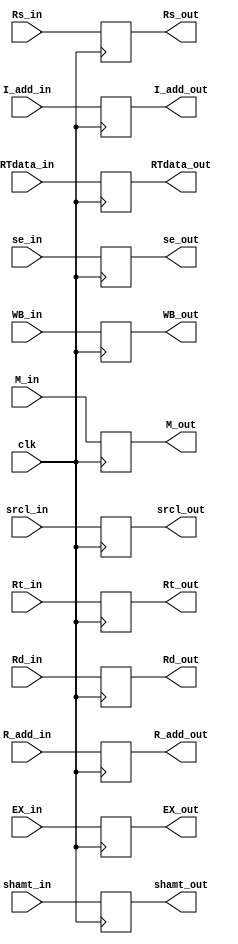
module ID_EX(
    input clk,
    input [1:0]WB_in,
    input [1:0]M_in,
    input [4:0]EX_in,
    input [31:0] RTdata_in,
    input [31:0] srcl_in,
    input [4:0] shamt_in,
    input [31:0] se_in,
    input [4:0] R_add_in,
    input [4:0] I_add_in,
    input [4:0] Rs_in,
    input [4:0] Rt_in,
    input [4:0] Rd_in,
    
    output reg [1:0]WB_out,
    output reg [1:0]M_out,
    output reg [4:0]EX_out,
    output reg [31:0] RTdata_out,
    output reg [31:0] srcl_out,
    output reg [4:0] shamt_out,
    output reg [31:0]se_out,
    output reg [4:0]R_add_out,
    output reg [4:0]I_add_out,
    output reg [4:0] Rs_out,
    output reg [4:0] Rt_out,
    output reg [4:0] Rd_out
);

initial begin
        WB_out = 2'b0;
        M_out = 2'b0;
        EX_out = 5'b0;
        RTdata_out = 32'b0;
        srcl_out = 32'b0;
        shamt_out = 5'b0;
        se_out = 32'b0;
        R_add_out = 5'b0;
        I_add_out = 5'b0;
        Rs_out = 5'b0;
        Rt_out = 5'b0;
        Rd_out = 5'b0;
end

always @(posedge clk)begin
        WB_out = WB_in;
        M_out = M_in;
        EX_out = EX_in;
        RTdata_out = RTdata_in;
        srcl_out = srcl_in;
        shamt_out = shamt_in;
        se_out = se_in;
        R_add_out = R_add_in;
        I_add_out = I_add_in;
        Rs_out = Rs_in;
        Rt_out = Rt_in;
        Rd_out = Rd_in;
end

endmodule